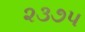
૨૩૭૫